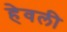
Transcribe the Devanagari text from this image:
हेवली